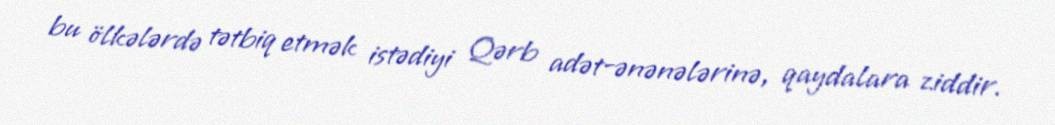
bu ölkələrdə tətbiq etmək istədiyi Qərb adət-ənənələrinə, qaydalara ziddir.